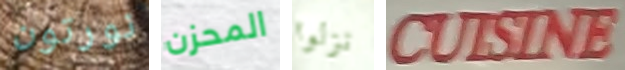
نورتون المحزن نزلوا CULSINE